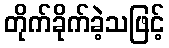
တိုက်ခိုက်ခဲ့သဖြင့်